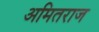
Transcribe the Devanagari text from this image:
अमितराज